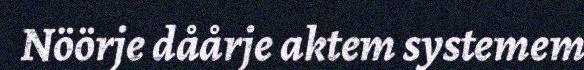
Nöörje dåårje aktem systemem